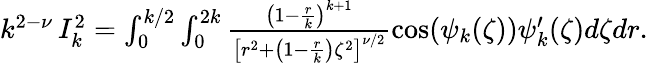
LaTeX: \begin{array}{r}{k^{2-\nu}\, I_{k}^{2}=\int_{0}^{k/2}\int_{0}^{2k}\frac{\left(1-\frac{r}{k}\right)^{k+1}}{\left[r^{2}+\left(1-\frac{r}{k}\right)\zeta^{2}\right]^{\nu/2}}\cos(\psi_{k}(\zeta))\psi_{k}^{\prime}(\zeta)d\zeta dr.}\end{array}